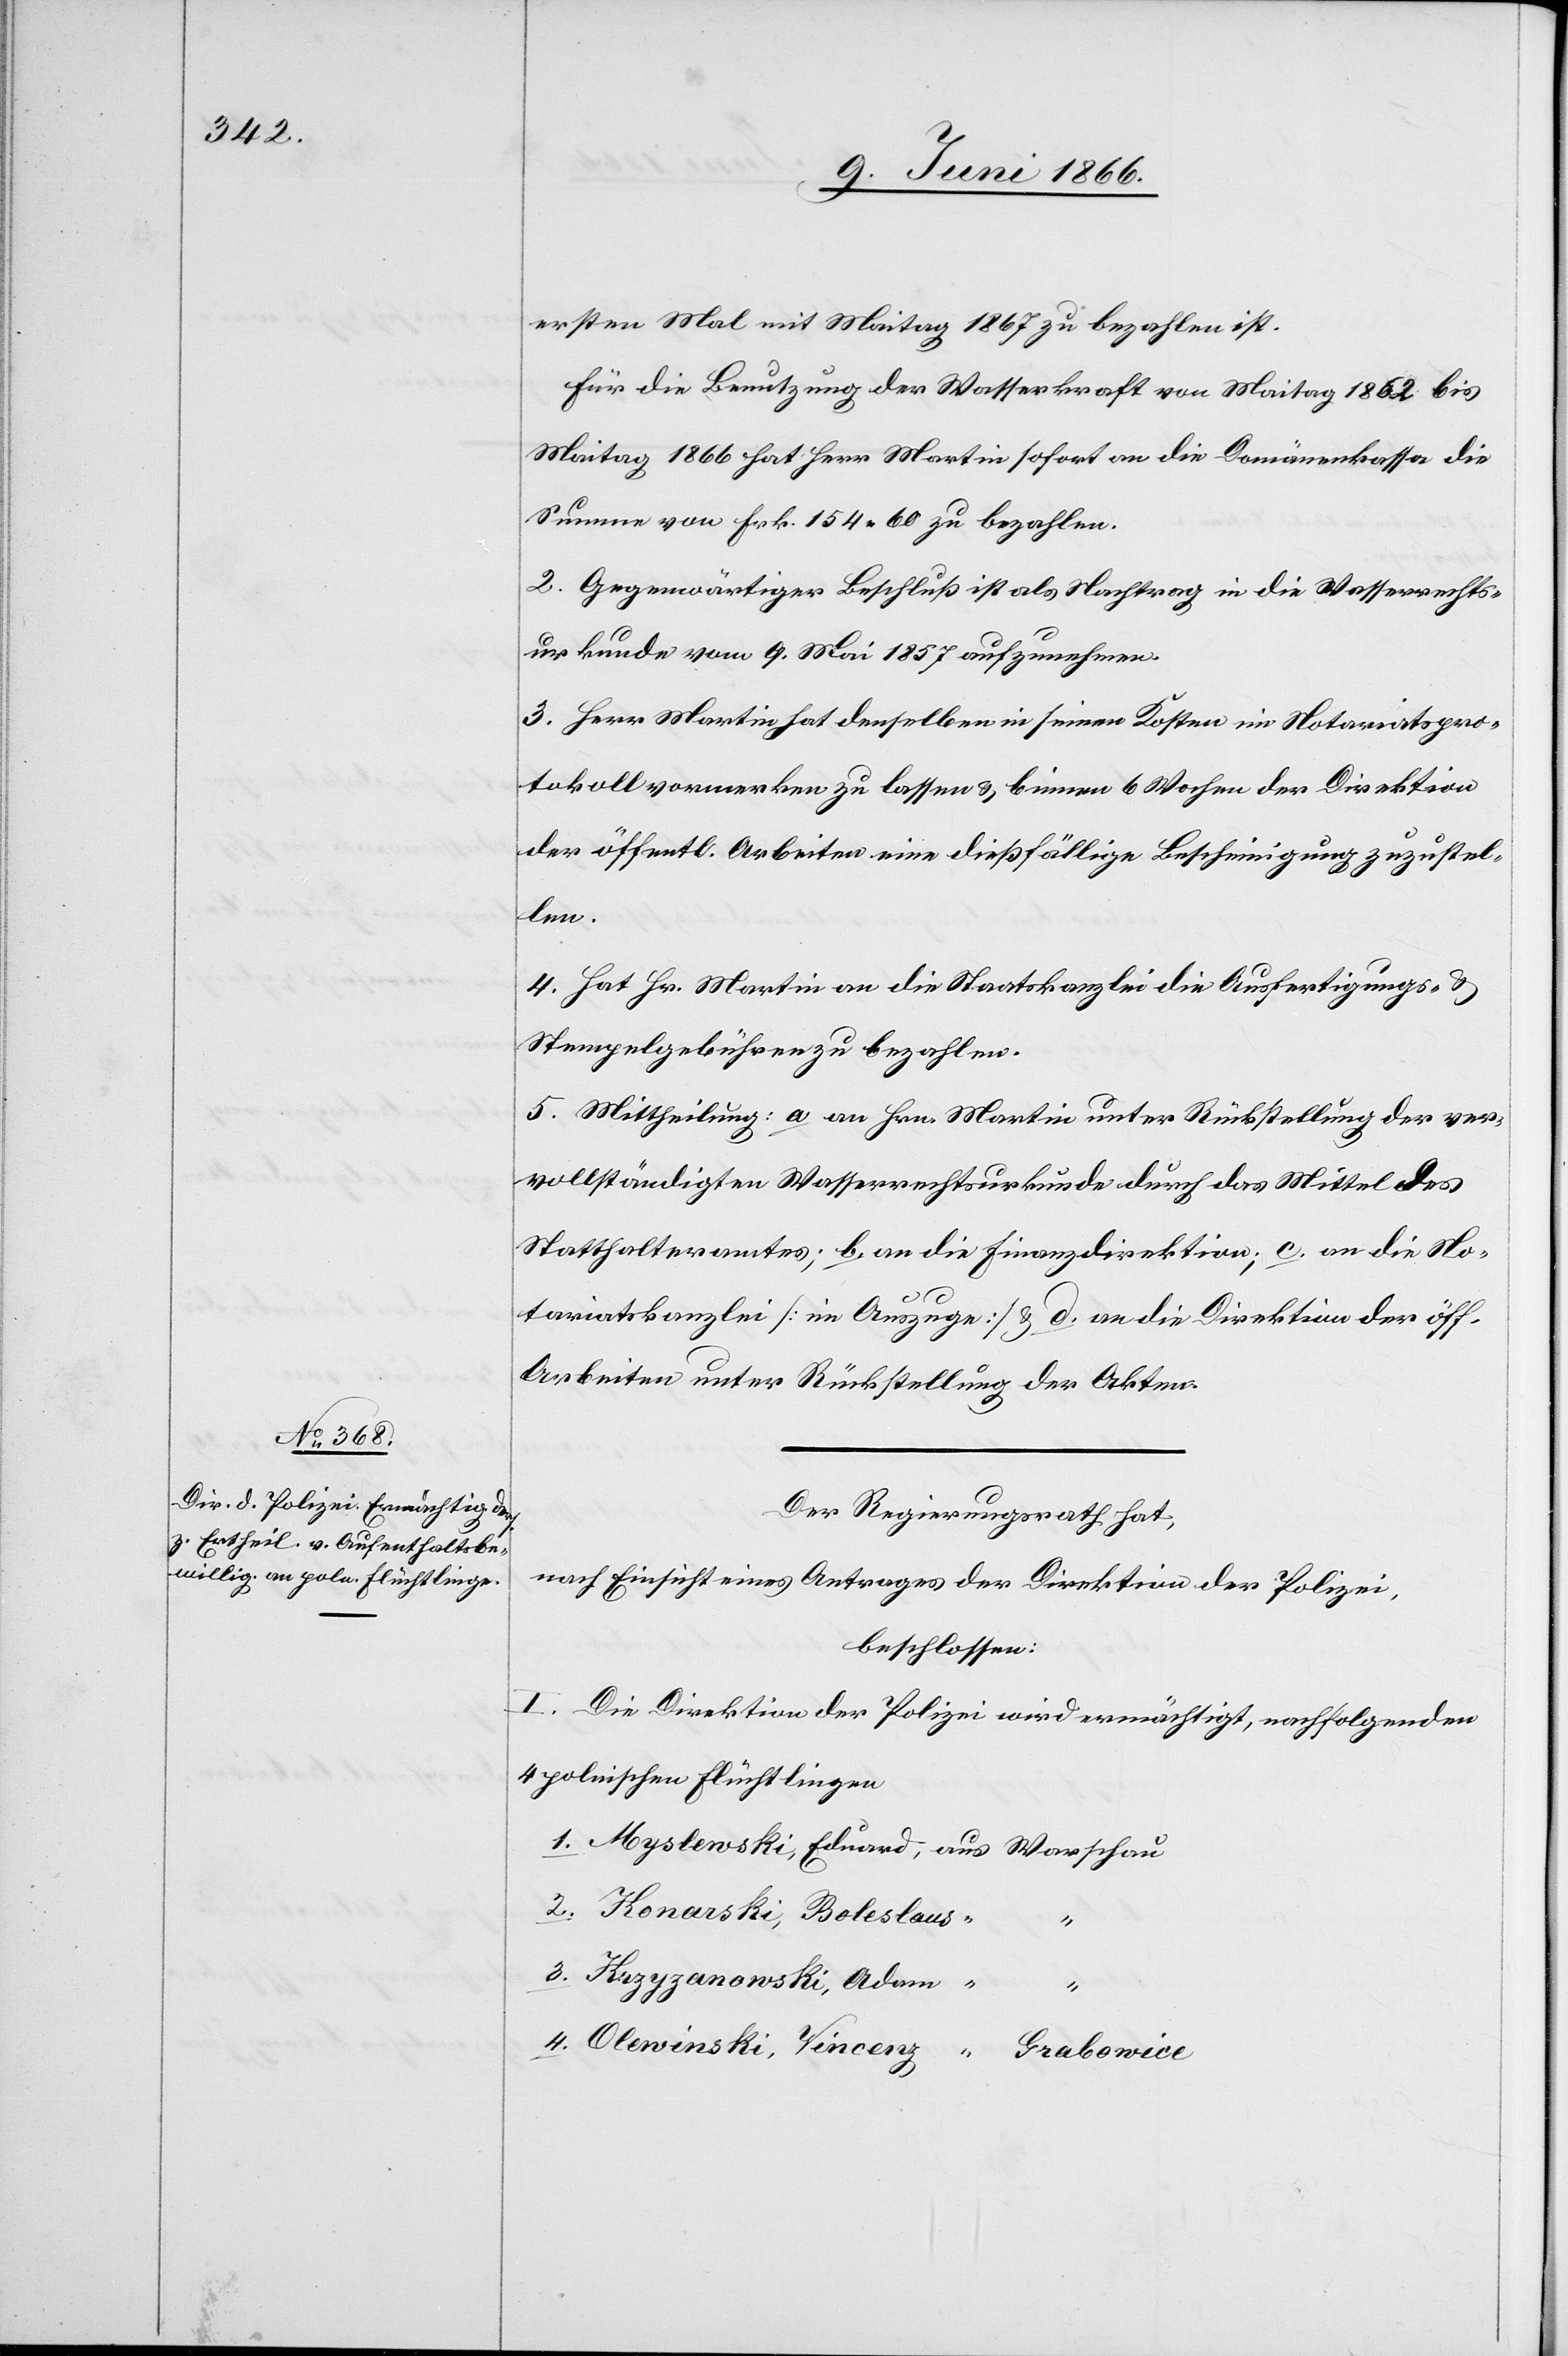
ersten Mal mit Maitag 1867 zu bezahlen ist.
Für die Benutzung der Wasserkraft von Maitag 1862 bis
Maitag 1866 hat Herr Martin sofort an die Domänenkasse die
Summe von Frk. 154.60 zu bezahlen.
2. Gegenwärtiger Beschluß ist als Nachtrag in die Wasserrechts¬
urkunde vom 9. Mai 1857 aufzunehmen.
3. Herr Martin hat denselben in seinen Kosten im Notariatspro¬
tokoll vormerken zu lassen u. binnen 6 Wochen der Direktion
der öffentl. Arbeiten eine dießfällige Bescheinigung zuzustel¬
len.
4. Hat Hr. Martin an die Staatskanzlei die Ausfertigungs- u.
Stempelgebühren zu bezahlen.
5. Mittheilung: a an Hrn. Martin unter Rückstellung der ver¬
vollständigten Wasserrechtsurkunde durch das Mittel des
Statthalteramtes; b an die Finanzdirektion; c. an die No¬
“
tariatskanzlei [im Auszuge] u. d. an die Direktion der öff.
Arbeiten unter Rückstellung der Akten.
Der Regierungsrath hat,
nach Einsicht eines Antrages der Direktion der Polizei,
beschlossen:
I. Die Direktion der Polizei wird ermächtigt, nachfolgenden
4 polnischen Flüchtlingen
1. Myslweski, Eduard, aus Warschau
2. Kanrski, Boleslaus,
“
3. Kazyzanonski, Adam,
4. Olewinski, Vincery,
Grabowice